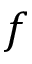
f